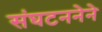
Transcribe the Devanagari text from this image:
संघटननेने